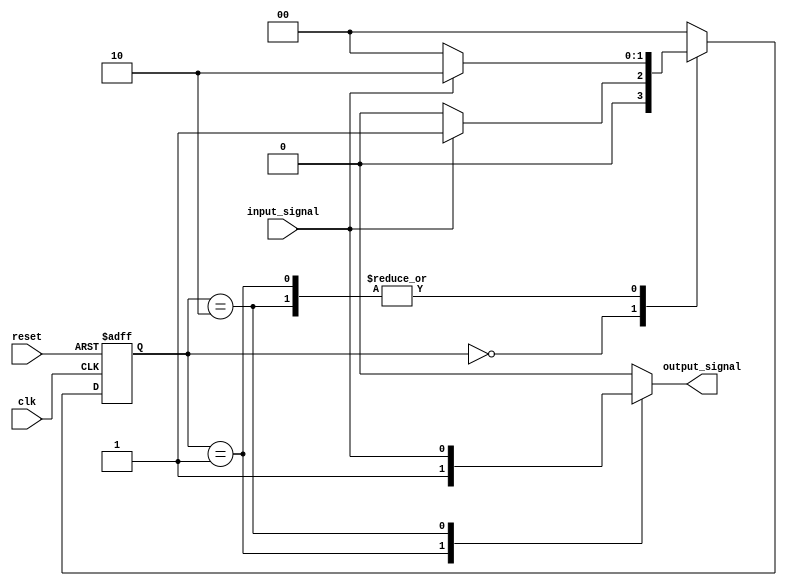
module Moore_State_Machine (
    input wire clk, 
    input wire reset,
    input wire input_signal,
    output reg output_signal
);

// Define states
parameter STATE_A = 2'b00;
parameter STATE_B = 2'b01;
parameter STATE_C = 2'b10;

reg [1:0] current_state, next_state;

// Define outputs based on states
always @(current_state)
begin
    case (current_state)
        STATE_A: output_signal = 1'b0;
        STATE_B: output_signal = 1'b1;
        STATE_C: output_signal = input_signal;
        default: output_signal = 1'b0;
    endcase
end

// State transition logic
always @(posedge clk or posedge reset)
begin
    if (reset)
        current_state <= STATE_A;
    else
        current_state <= next_state;
end

always @(*)
begin
    case (current_state)
        STATE_A: next_state = input_signal ? STATE_B : STATE_A;
        STATE_B: next_state = input_signal ? STATE_C : STATE_A;
        STATE_C: next_state = input_signal ? STATE_C : STATE_A;
        default: next_state = STATE_A;
    endcase
end

endmodule